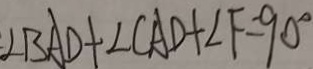
\angle B A D + \angle C A D + \angle F = 9 0 ^ { \circ }